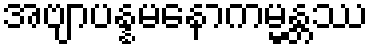
အဗျာပန္နမနောကမ္မန္တဿ